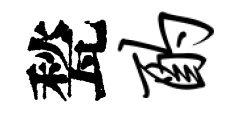
甃酌